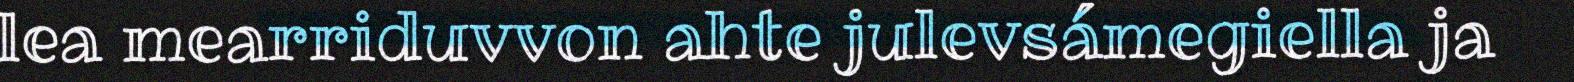
lea mearriduvvon ahte julevsámegiella ja